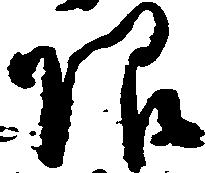
限